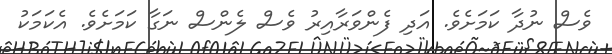
ވެސް ނުދާ ކަމަށެވެ. އަދި ފެންވަރާއިރު ވެސް ލެންސް ނަގާ ކަމަށެވެ. އެކަމަކު